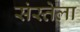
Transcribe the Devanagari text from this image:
संस्तेला